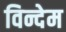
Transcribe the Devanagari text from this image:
विन्देम